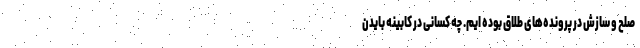
صلح و سازش در پرونده‌های طلاق بوده ایم. چه کسانی در کابینه بایدن